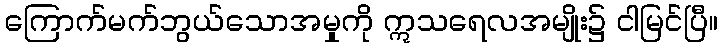
ကြောက်မက်ဘွယ်သောအမှုကို ဣသရေလအမျိုး၌ ငါမြင်ပြီ။